Indian journal of veterinary science and animal husbandry - Volume 9,
Year: 1939
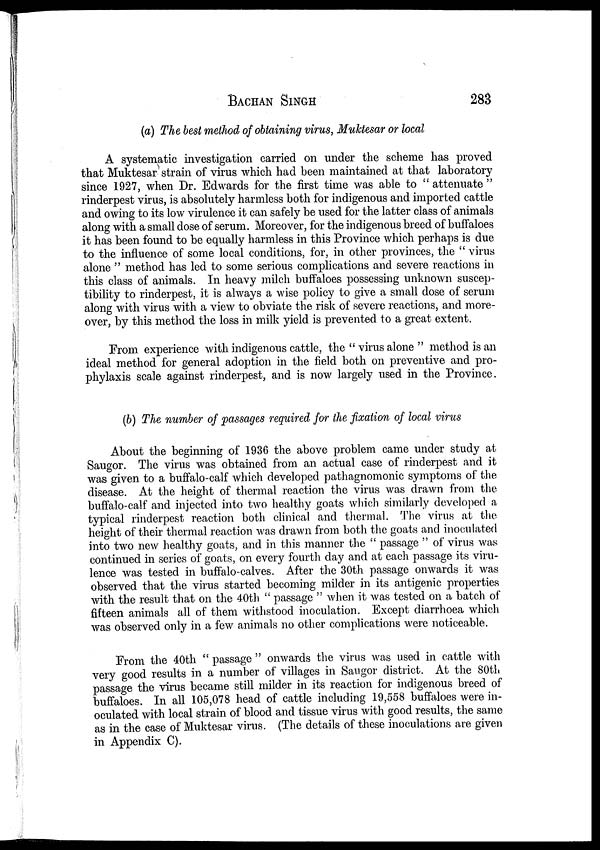
BACHAN SINGH 283
(a) The best method of obtaining virus, Muktesar or local
A systematic investigation carried on under the scheme has proved
that Muktesar strain of virus which had been maintained at that laboratory
since 1927, when Dr. Edwards for the first time was able to " attenuate "
rinderpest virus, is absolutely harmless both for indigenous and imported cattle
and owing to its low virulence it can safely be used for the latter class of animals
along with a small dose of serum. Moreover, for the indigenous breed of buffaloes
it has been found to be equally harmless in this Province which perhaps is due
to the influence of some local conditions, for, in other provinces, the " virus
alone " method has led to some serious complications and severe reactions in
this class of animals. In heavy milch buffaloes possessing unknown suscep-
tibility to rinderpest, it is always a wise policy to give a small dose of serum
along with virus with a view to obviate the risk of severe reactions, and more-
over, by this method the loss in milk yield is prevented to a great extent.
From experience with indigenous cattle, the " virus alone " method is an
ideal method for general adoption in the field both on preventive and pro-
phylaxis scale against rinderpest, and is now largely used in the Province.
(b) The number of passages required for the fixation of local virus
About the beginning of 1936 the above problem came under study at
Saugor. The virus was obtained from an actual case of rinderpest and it
was given to a buffalo-calf which developed pathagnomonic symptoms of the
disease. At the height of thermal reaction the virus was drawn from the
buffalo-calf and injected into two healthy goats which similarly developed a
typical rinderpest reaction both clinical and thermal. The virus at the
height of their thermal reaction was drawn from both the goats and inoculated
into two new healthy goats, and in this manner the " passage " of virus was
continued in series of goats, on every fourth day and at each passage its viru-
lence was tested in buffalo-calves. After the 30th passage onwards it was
observed that the virus started becoming milder in its antigenic properties
with the result that on the 40th " passage " when it was tested on a batch of
fifteen animals all of them withstood inoculation. Except diarrhoea which
was observed only in a few animals no other complications were noticeable.
From the 40th " passage " onwards the virus was used in cattle with
very good results in a number of villages in Saugor district. At the 80th
passage the virus became still milder in its reaction for indigenous breed of
buffaloes. In all 105,078 head of cattle including 19,558 buffaloes were in-
oculated with local strain of blood and tissue virus with good results, the same
as in the case of Muktesar virus. (The details of these inoculations are given
in Appendix C).